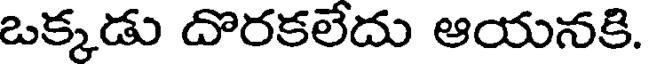
ఒక్కడు దొరకలేదు ఆయనకి.